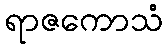
ရာဇကောသံ